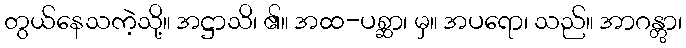
တွယ်နေသကဲ့သို့။ အဋ္ဌာသိ၊ ၏။ အထ-ပစ္ဆာ၊ မှ။ အပရော၊ သည်။ အာဂန္တွာ၊